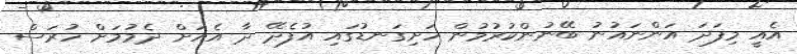
އެއީ މިފަދަ އަންނައުނު ބޭނުންކުރުމުން ހަށިގަނޑުގައި އުފެދޭ ދާ އެއަށް ދެމުމަށް ހުރަސް